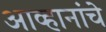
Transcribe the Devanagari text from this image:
आव्हानांचे